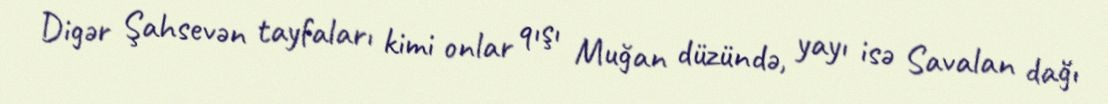
Digər Şahsevən tayfaları kimi onlar qışı Muğan düzündə, yayı isə Savalan dağı